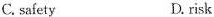
C. safety D. risk